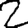
Digit: 2